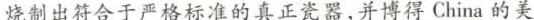
烧制出符合于严格标准的真正瓷器，并博得China的美